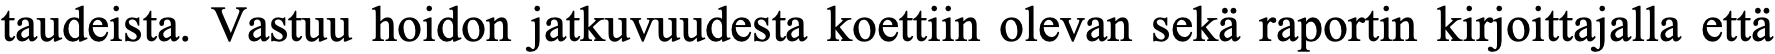
taudeista. Vastuu hoidon jatkuvuudesta koettiin olevan sekä raportin kirjoittajalla että